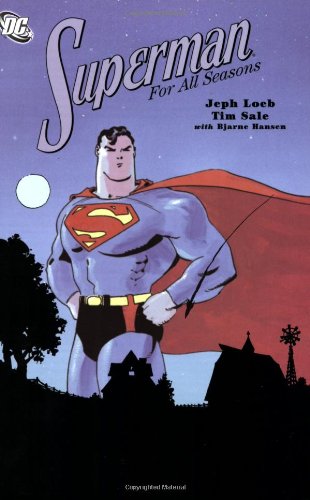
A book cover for Superman for All Seasons; Jeph Loeb; Comics & Graphic Novels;